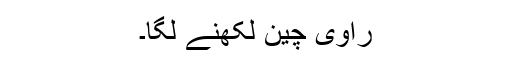
راوی چین لکھنے لگا۔